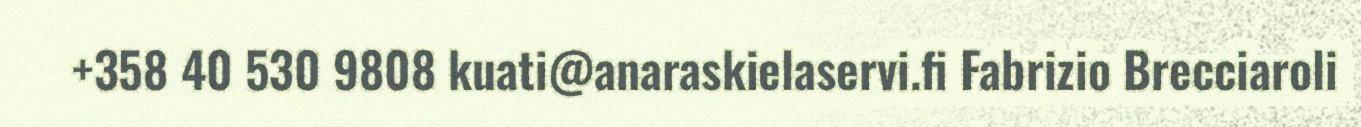
+358 40 530 9808 kuati@anaraskielaservi.fi Fabrizio Brecciaroli